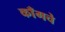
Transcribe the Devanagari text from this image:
काँगचे